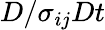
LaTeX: {D}/\sigma_{ij}{D}t